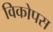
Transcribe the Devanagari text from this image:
विकोपस